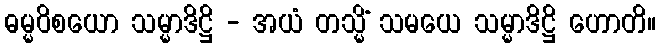
ဓမ္မဝိစယော သမ္မာဒိဋ္ဌိ - အယံ တသ္မိံ သမယေ သမ္မာဒိဋ္ဌိ ဟောတိ။